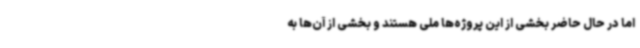
اما در حال حاضر بخشی از این پروژه‌ها ملی هستند و بخشی از آن‌ها به